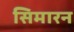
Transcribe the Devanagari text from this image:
सिमारन